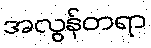
အလွန်တရာ